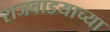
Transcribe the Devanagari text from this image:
राजवाडयाच्या